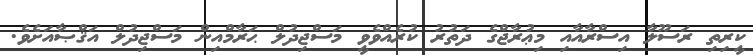
ކީރިތި ރަސޫލާ އިސްރާއާއި މިޢުރާޖްގެ ދަތުރު ކުރެއްވެވީ މަސްޖިދުލް ޙަރާމްއިން މަސްޖިދުލް އަޤްޞާއަށެވެ.